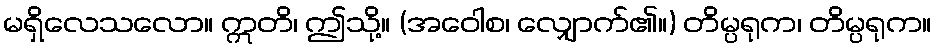
မရှိလေသလော။ ဣတိ၊ ဤသို့။ (အဝေါစ၊ လျှောက်၏။) တိမ္ပရုက၊ တိမ္ပရုက။